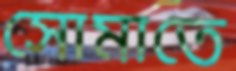
সোমাতে